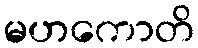
မဟကောတိ